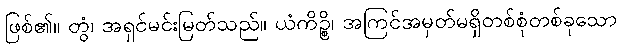
ဖြစ်၏။ တွံ၊ အရှင်မင်းမြတ်သည်။ ယံကိဉ္စိ၊ အကြင်အမှတ်မရှိတစ်စုံတစ်ခုသော